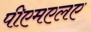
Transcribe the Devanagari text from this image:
पीएमएलए